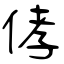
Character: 侾